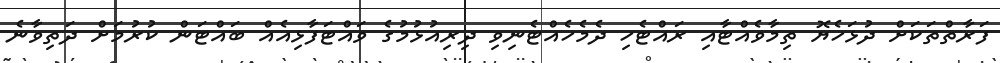
ފަރާތްތަކަށް ދުޅަހެޔޮ ތިމާވެއްޓާއި ރައްޓެހި ދެމެހެއްޓެނިވި ދިރިއުޅުމުގެ ވައްޓަފާޅިއެއް ބައްޓަން ކުރުމަށް ދަތިވާނެ